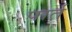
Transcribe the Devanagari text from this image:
पार्त